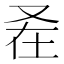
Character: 𭆩